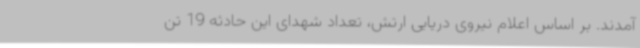
آمدند. بر اساس اعلام نیروی دریایی ارتش، تعداد شهدای این حادثه 19 تن